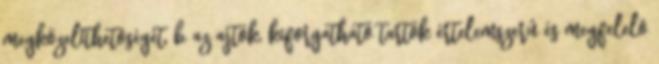
megközelíthetõségét, b az ajtók, kiforgatható tartók értelemszerû és megfelelõ